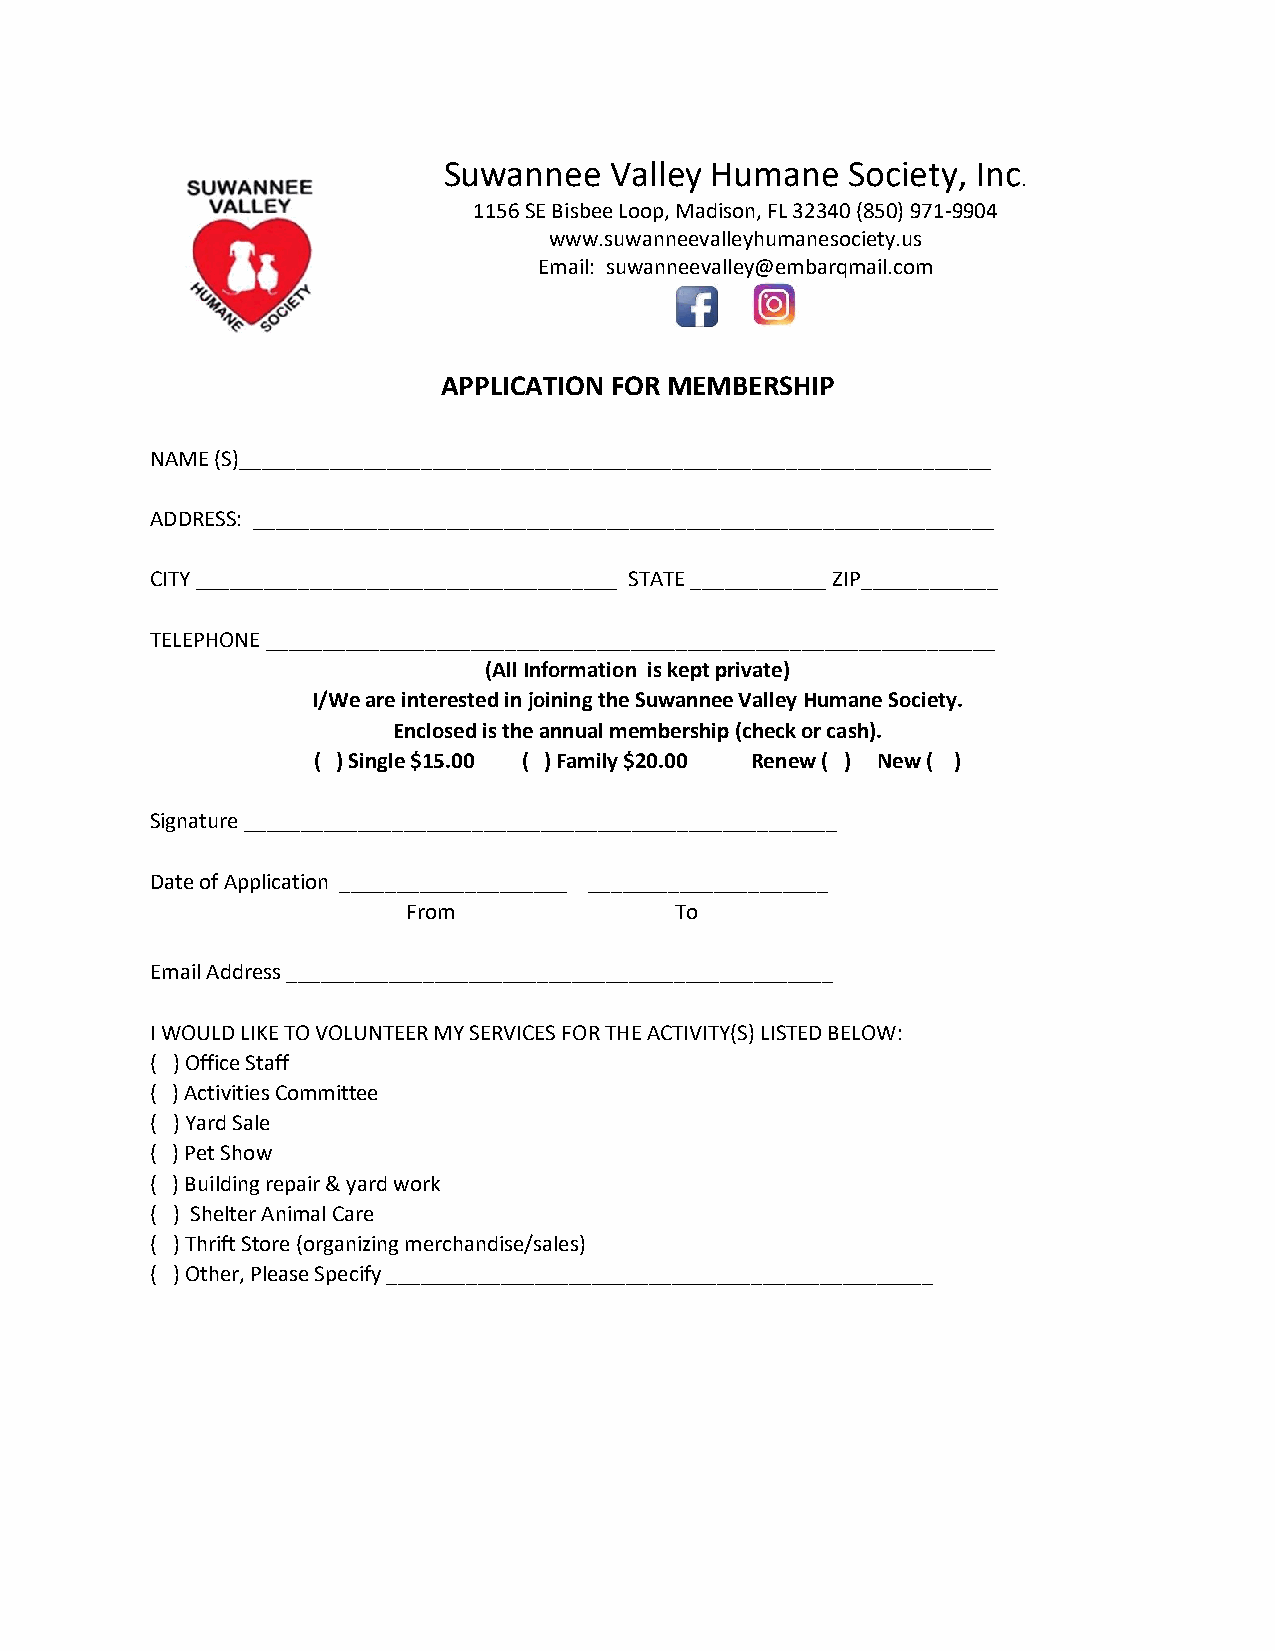
Suwannee   Valley Humane   Society, Inc
 .
 1156 SE Bisbee Loop, Madison, FL 32340 (850) 971-9904
 www.suwanneevalleyhumanesociety.us
 Email: suwanneevalley@embarqmail.com
 APPLICATION FOR MEMBERSHIP
 NAME (S)__________________________________________________________________
 ADDRESS: _________________________________________________________________
 CITY _____________________________________ STATE ____________ ZIP____________
 TELEPHONE ________________________________________________________________
 (All Information is kept private)
 I/We are interested in joining the Suwannee Valley Humane Society.
 Enclosed is the annual membership (check or cash).
 ( ) Single $15.00 ( ) Family $20.00 Renew ( ) New ( )
 Signature ____________________________________________________
 Date of Application ____________________ _____________________
 From              To
 Email Address ________________________________________________
 I WOULD LIKE TO VOLUNTEER MY SERVICES FOR THE ACTIVITY(S) LISTED BELOW:
 ( ) Office Staff
 ( ) Activities Committee
 ( ) Yard Sale
 ( ) Pet Show
 ( ) Building repair & yard work
 ( ) Shelter Animal Care
 ( ) Thrift Store (organizing merchandise/sales)
 ( ) Other, Please Specify ________________________________________________